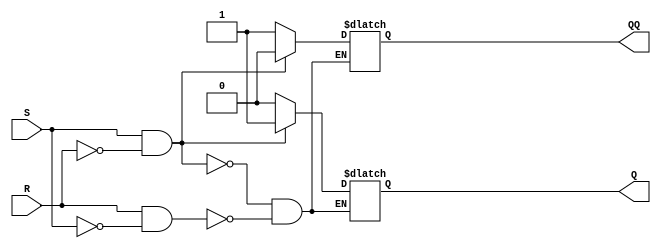
module sr_latch (
    input S,
    input R,
    output reg Q,
    output reg QQ
);

always @ (S or R)
begin
    if (S && ~R)
        begin
            Q <= 1;
            QQ <= 0;
        end
    else if (R && ~S)
        begin
            Q <= 0;
            QQ <= 1;
        end
end

endmodule